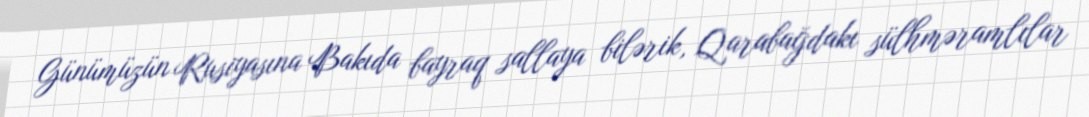
Günümüzün Rusiyasına Bakıda bayraq sallaya bilərik, Qarabağdakı sülhməramlılar